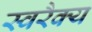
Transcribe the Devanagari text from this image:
स्वरैक्य